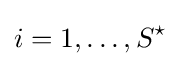
i=1,\ldots ,S^{\star }